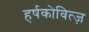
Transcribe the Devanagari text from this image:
हर्षकोवित्ज़